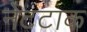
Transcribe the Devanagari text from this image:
नेटटाक